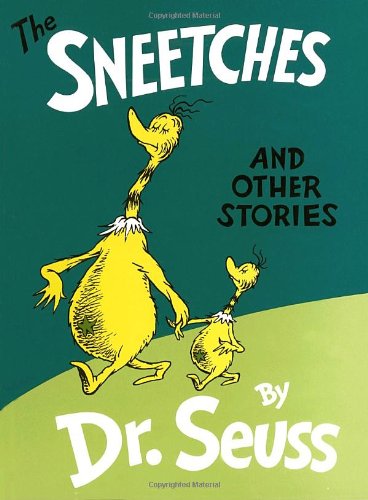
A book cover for The Sneetches and Other Stories; Dr. Seuss; Literature & Fiction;